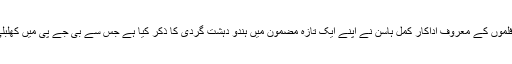
تمل اور ہندی فلموں کے معروف اداکار کمل ہاسن نے اپنے ایک تازہ مضمون میں ہندو دہشت گردی کا ذکر کیا ہے جس سے بی جے پی میں کھلبلی مچ گئی ہے۔